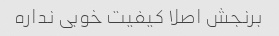
برنجش اصلا کیفیت خوبی نداره